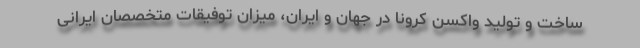
ساخت و تولید واکسن کرونا در جهان و ایران، میزان توفیقات متخصصان ایرانی